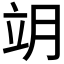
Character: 𦚎